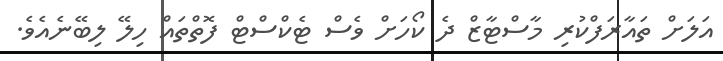
އަލަށް ތައާރަފްކުރި މާސްޓާޒް ދެ ކޯހަށް ވެސް ޓެކްސްޓް ފޮތްތައް ހިލޭ ލިބޭނެއެވެ.